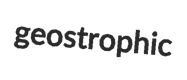
geostrophic